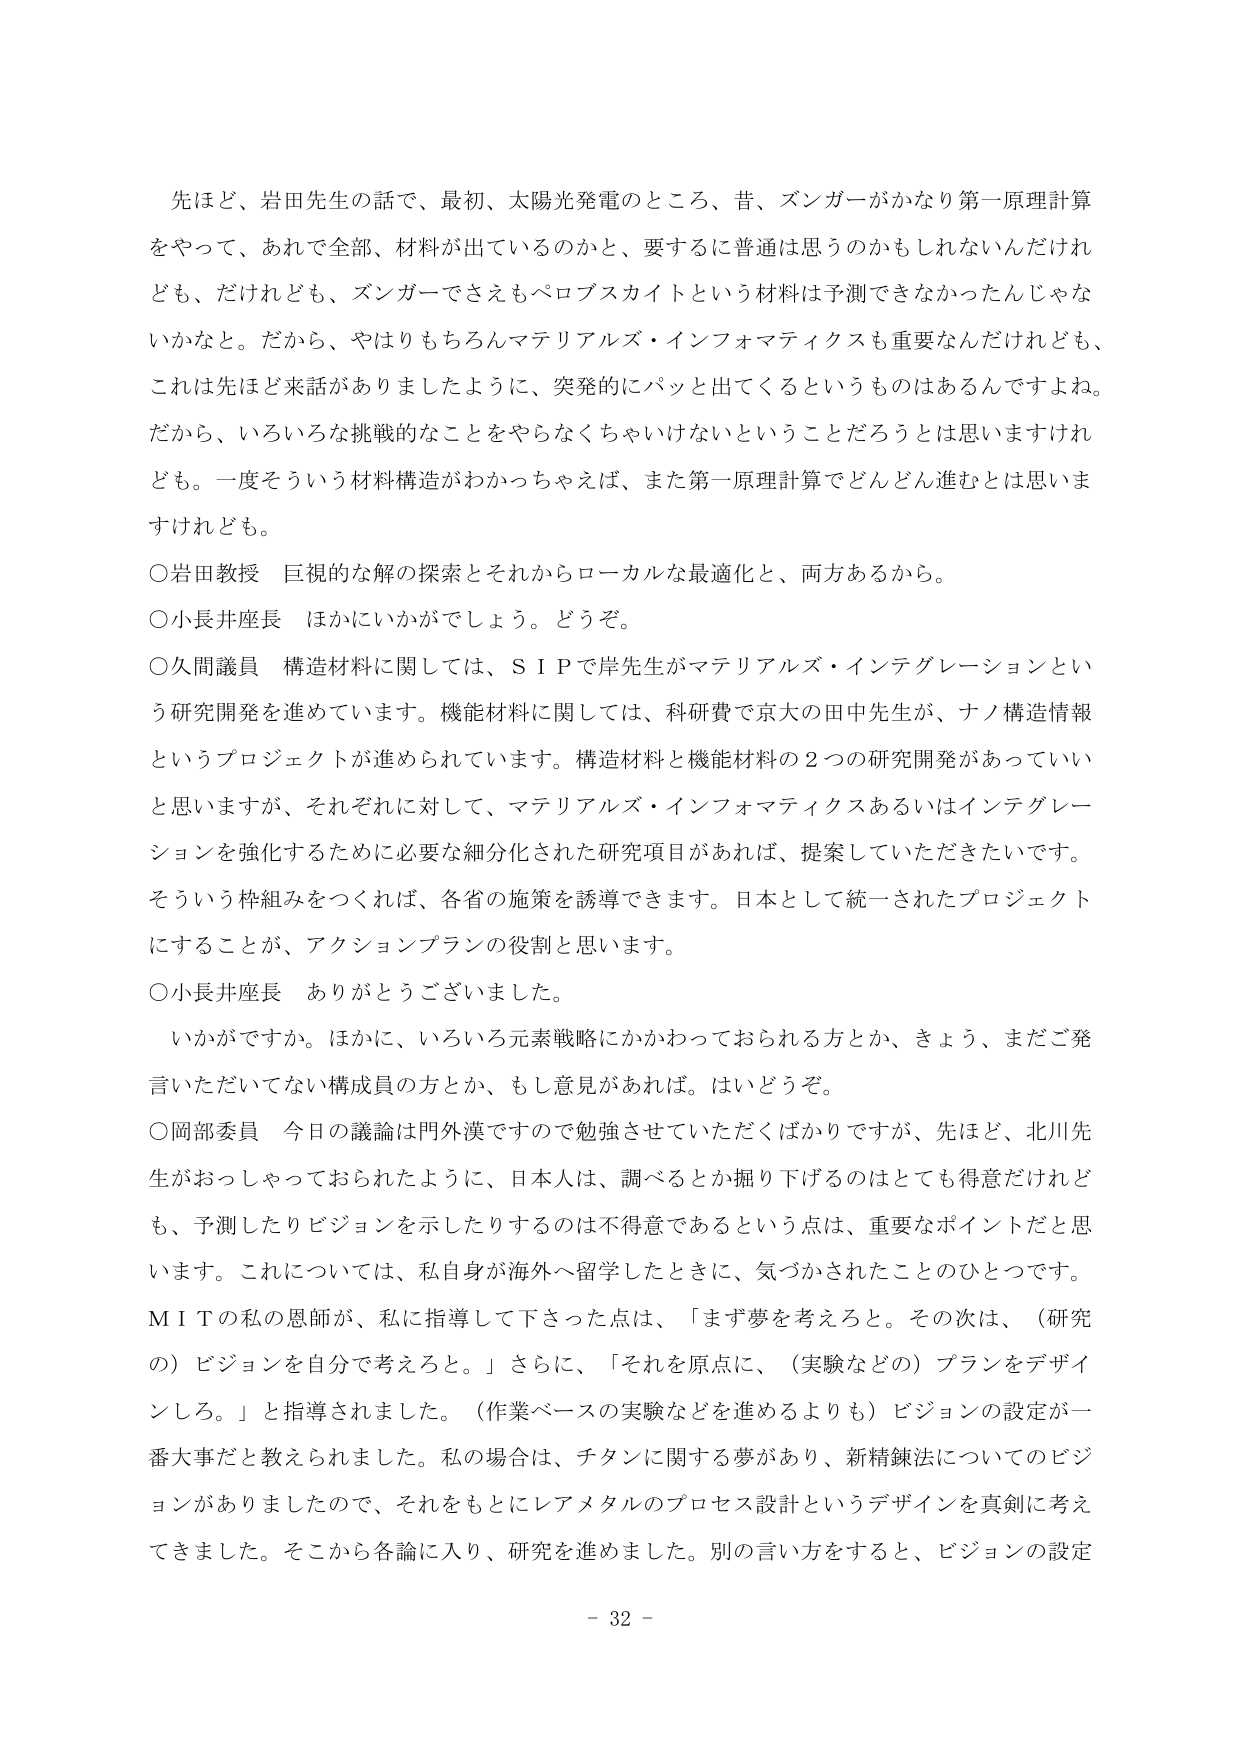
先ほど、岩田先生の話で、最初、太陽光発電のところ、昔、ズンガーがかなり第一原理計算をやって、あれで全部、材料が出ているのかと、要するに普通は思うのかもしれないんだけれども、だけれども、ズンガーでさえもペロブスカイトという材料は予測できなかったんじゃなかなと。だから、やはりもちろんマテリアルズ・インフォマティクスも重要なんだけれども、これは先ほど来話がありましたように、突発的にパッと出てくるというものはあるんですよね。だから、いろいろな挑戦的なことをやらなくちゃいけないということだろうとは思いますけれども。一度そういう材料構造がわかっちゃえば、また第一原理計算でどんどん進むとは思いますけれども。

○岩田教授　巨視的な解の探索とそれからローカルな最適化と、両方あるから。

○小長井座長　ほかにいかがでしょう。どうぞ。

○久間議員　構造材料に関しては、ＳＩＰで岸先生がマテリアルズ・インテグレーションという研究開発を進めています。機能材料に関しては、科研費で京大の田中先生が、ナノ構造情報というプロジェクトが進められています。構造材料と機能材料の２つの研究開発があっていいと思いますが、それぞれに対して、マテリアルズ・インフォマティクスあるいはインテグレーションを強化するために必要な細分化された研究項目があれば、提案していただきたいです。そういう枠組みをつくれば、各省の施策を誘導できます。日本として統一されたプロジェクトにすることが、アクションプランの役割と思います。

○小長井座長　ありがとうございました。

いかがですか。ほかに、いろいろ元素戦略にかかわっておられる方とか、きょう、まだご発言いただいてない構成員の方とか、もし意見があれば。はいどうぞ。

○岡部委員　今日の議論は門外漢ですので勉強させていただくばかりですが、先ほど、北川先生がおっしゃっておられたように、日本人は、調べるとか掘り下げるのはとても得意だけれども、予測したりビジョンを示したりするのは不得意であるという点は、重要なポイントだと思います。これについては、私自身が海外へ留学したときに、気づかされたことのひとつです。ＭＩＴの私の恩師が、私に指導して下さった点は、「まず夢を考えろと。その次は、（研究の）ビジョンを自分で考えろと。」さらに、「それを原点に、（実験などの）プランをデザインしろ。」と指導されました。（作業ベースの実験などを進めるよりも）ビジョンの設定が一番大事だと教えられました。私の場合は、チタンに関する夢があり、新精錬法についてのビジョンがありましたので、それをもとにレアメタルのプロセス設計というデザインを真剣に考えてきました。そこから各論に入り、研究を進めました。別の言い方をすると、ビジョンの設定

- 32 -